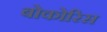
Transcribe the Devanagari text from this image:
बोकोरिस